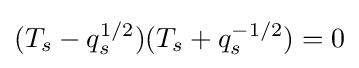
(T_{s}-q_{s}^{1/2})(T_{s}+q_{s}^{-1/2})=0